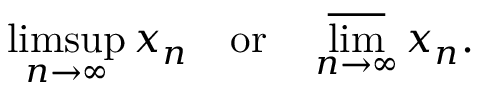
\operatorname* { l i m s u p } _ { n \to \infty } x _ { n } \quad { \mathrm { o r } } \quad \varlimsup _ { n \to \infty } x _ { n } .